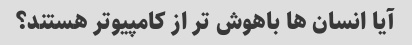
آیا انسان ها باهوش تر از کامپیوتر هستند؟